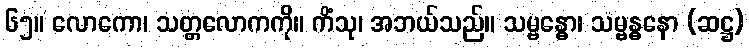
၆၅။ လောကော၊ သတ္တလောကကို။ ကိံသု၊ အဘယ်သည်။ သမ္ဗန္ဓော၊ သမ္ဗန္ဓနော (ဆဋ္ဌ)